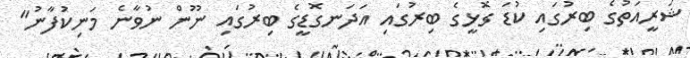
ޝަރީއަތުގެ ބިރުގައި ކުޑަ ގޮޅީގެ ބިރުގައި އަދަނގޮޑީގެ ބިރުގައި ނޫން ނުވާނެ މަނިކުފާނު"